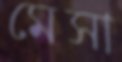
মেসা